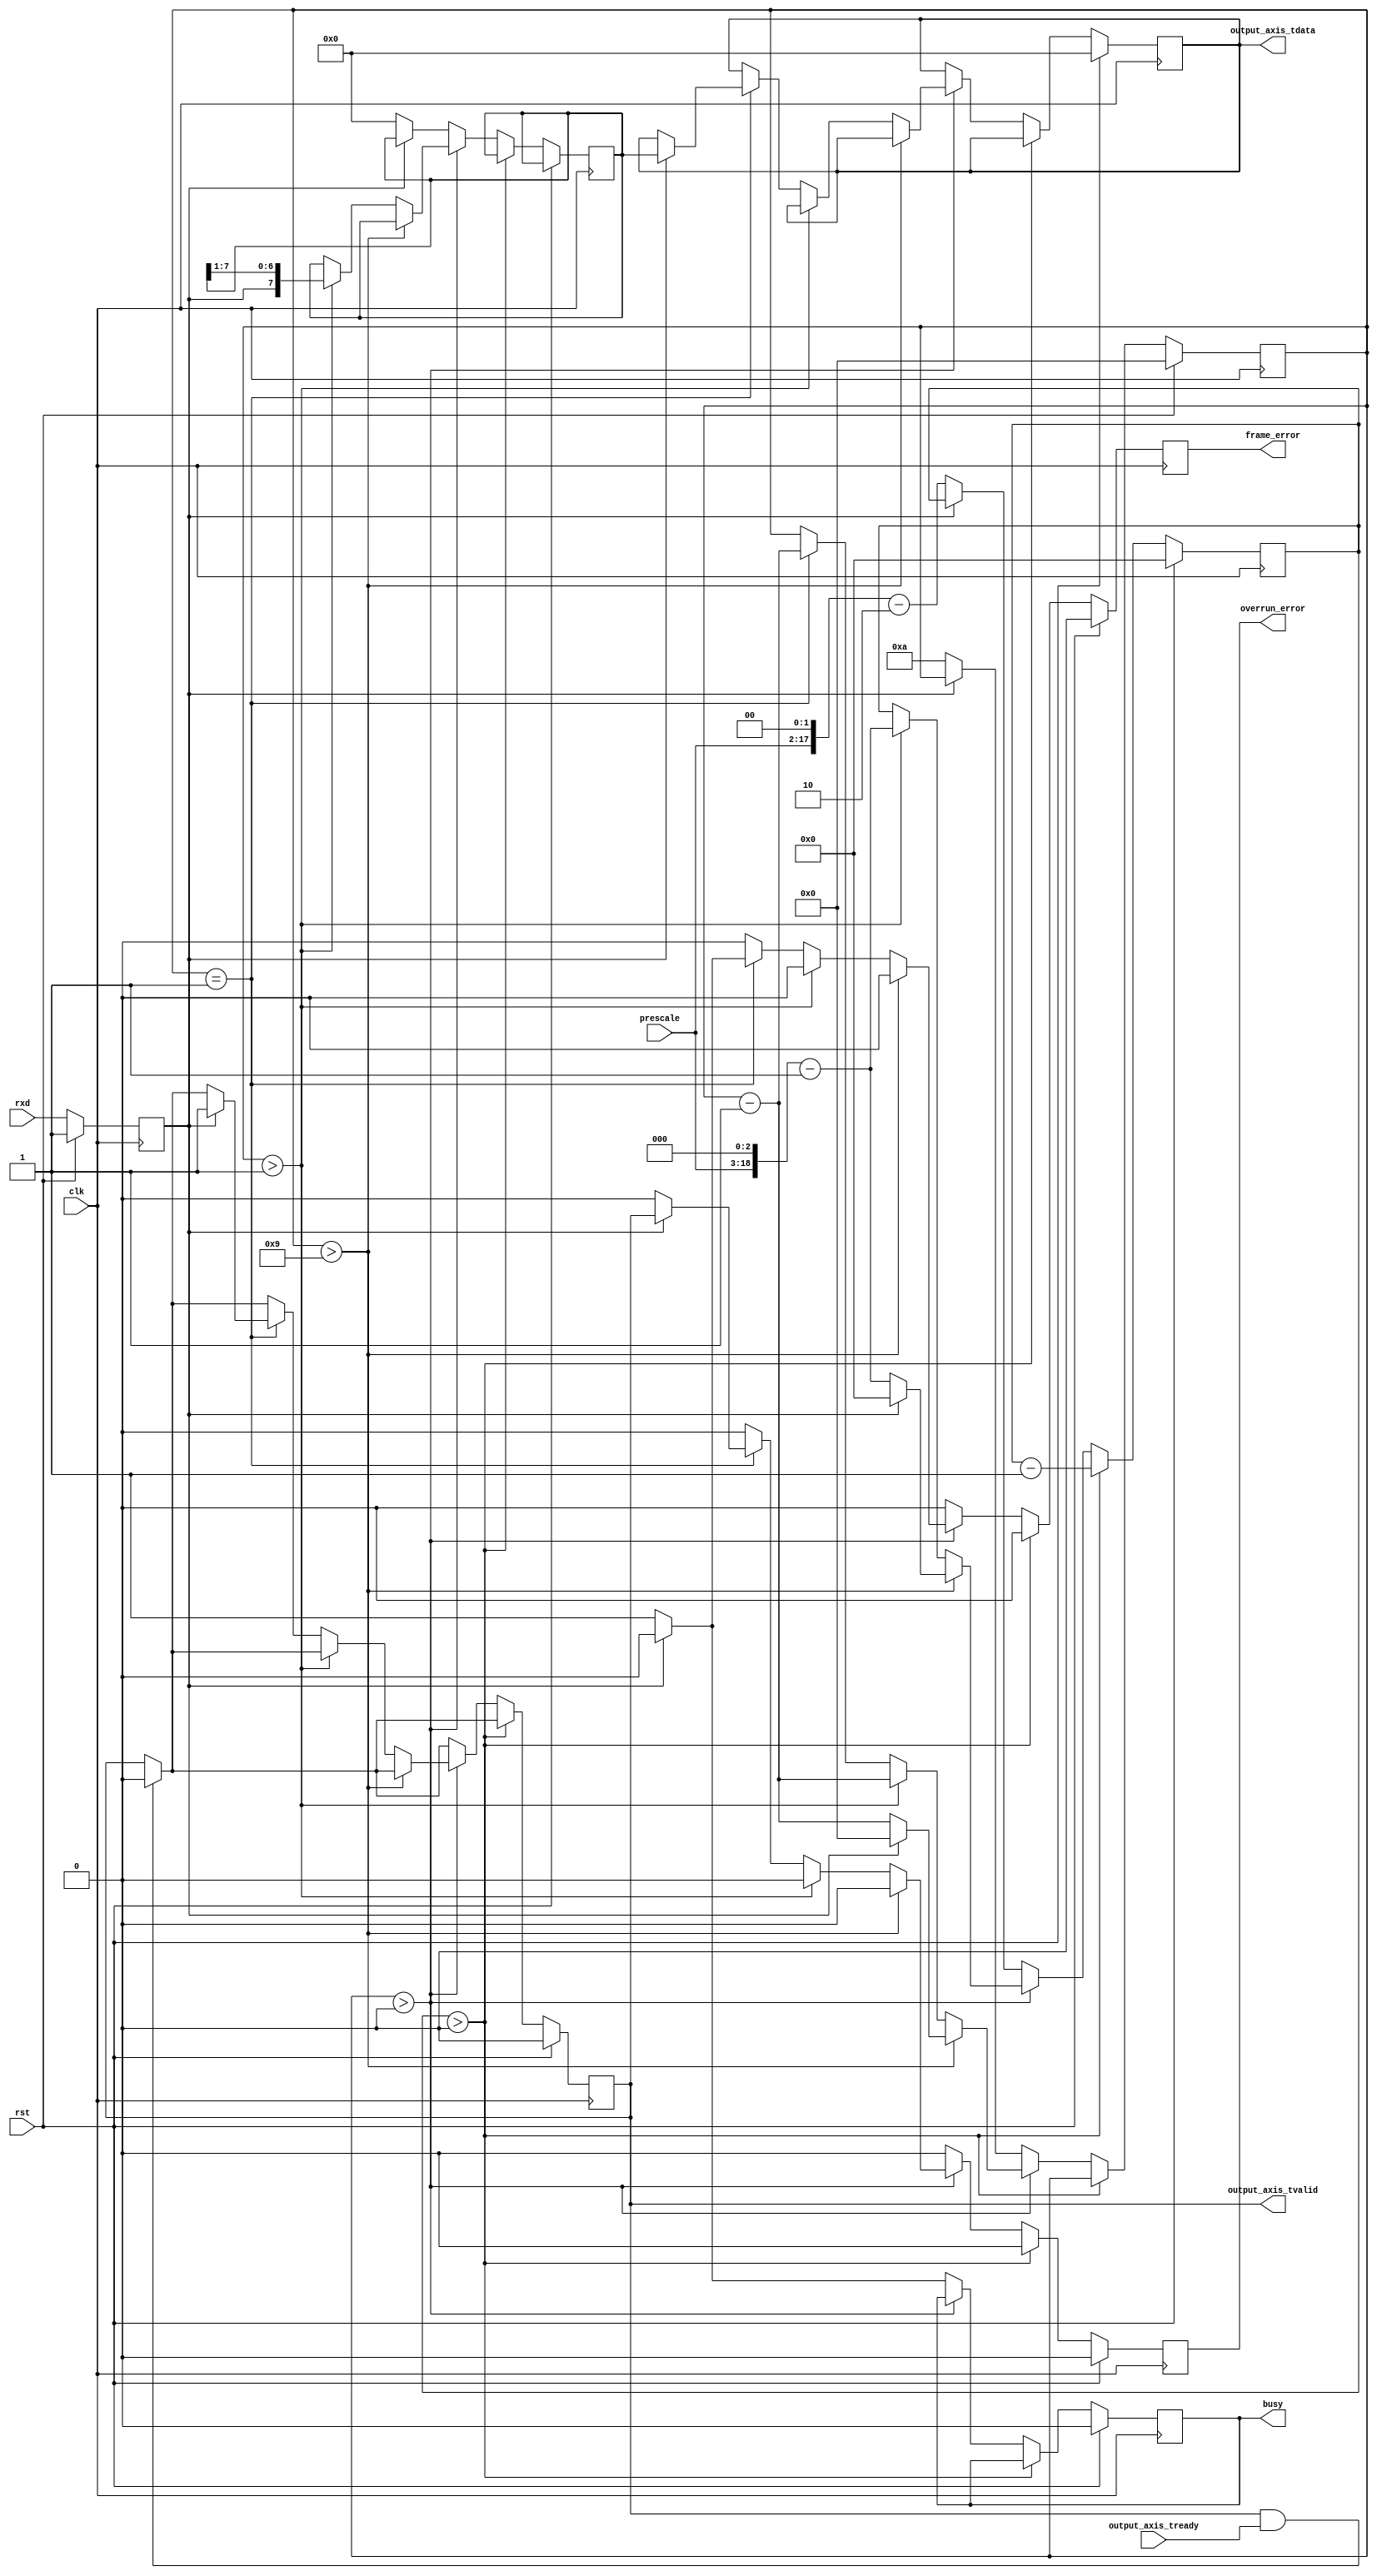
module uart_rx_1 #
(
    parameter DATA_WIDTH = 8
)
(
    input  wire                   clk,
    input  wire                   rst,
    output wire [DATA_WIDTH-1:0]  output_axis_tdata,
    output wire                   output_axis_tvalid,
    input  wire                   output_axis_tready,
    input  wire                   rxd,
    output wire                   busy,
    output wire                   overrun_error,
    output wire                   frame_error,
    input  wire [15:0]            prescale
);
reg [DATA_WIDTH-1:0] output_axis_tdata_reg = 0;
reg output_axis_tvalid_reg = 0;
reg rxd_reg = 1;
reg busy_reg = 0;
reg overrun_error_reg = 0;
reg frame_error_reg = 0;
reg [DATA_WIDTH-1:0] data_reg = 0;
reg [18:0] prescale_reg = 0;
reg [3:0] bit_cnt = 0;
assign output_axis_tdata = output_axis_tdata_reg;
assign output_axis_tvalid = output_axis_tvalid_reg;
assign busy = busy_reg;
assign overrun_error = overrun_error_reg;
assign frame_error = frame_error_reg;
always @(posedge clk) begin
    if (rst) begin
        output_axis_tdata_reg <= 0;
        output_axis_tvalid_reg <= 0;
        rxd_reg <= 1;
        prescale_reg <= 0;
        bit_cnt <= 0;
        busy_reg <= 0;
        overrun_error_reg <= 0;
        frame_error_reg <= 0;
    end else begin
        rxd_reg <= rxd;
        overrun_error_reg <= 0;
        frame_error_reg <= 0;
        if (output_axis_tvalid & output_axis_tready) begin
            output_axis_tvalid_reg <= 0;
        end
        if (prescale_reg > 0) begin
            prescale_reg <= prescale_reg - 1;
        end else if (bit_cnt > 0) begin
            if (bit_cnt > DATA_WIDTH+1) begin
                if (~rxd_reg) begin
                    bit_cnt <= bit_cnt - 1;
                    prescale_reg <= (prescale << 3)-1;
                end else begin
                    bit_cnt <= 0;
                    prescale_reg <= 0;
                end
            end else if (bit_cnt > 1) begin
                bit_cnt <= bit_cnt - 1;
                prescale_reg <= (prescale << 3)-1;
                data_reg <= {rxd_reg, data_reg[DATA_WIDTH-1:1]};
            end else if (bit_cnt == 1) begin
                bit_cnt <= bit_cnt - 1;
                if (rxd_reg) begin
                    output_axis_tdata_reg <= data_reg;
                    output_axis_tvalid_reg <= 1;
                    overrun_error_reg <= output_axis_tvalid_reg;
                end else begin
                    frame_error_reg <= 1;
                end
            end
        end else begin
            busy_reg <= 0;
            if (~rxd_reg) begin
                prescale_reg <= (prescale << 2)-2;
                bit_cnt <= DATA_WIDTH+2;
                data_reg <= 0;
                busy_reg <= 1;
            end
        end
    end
end
endmodule